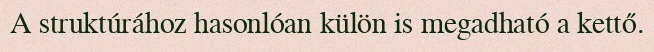
A struktúrához hasonlóan külön is megadható a kettő.